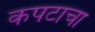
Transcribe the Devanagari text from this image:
कपटाचा